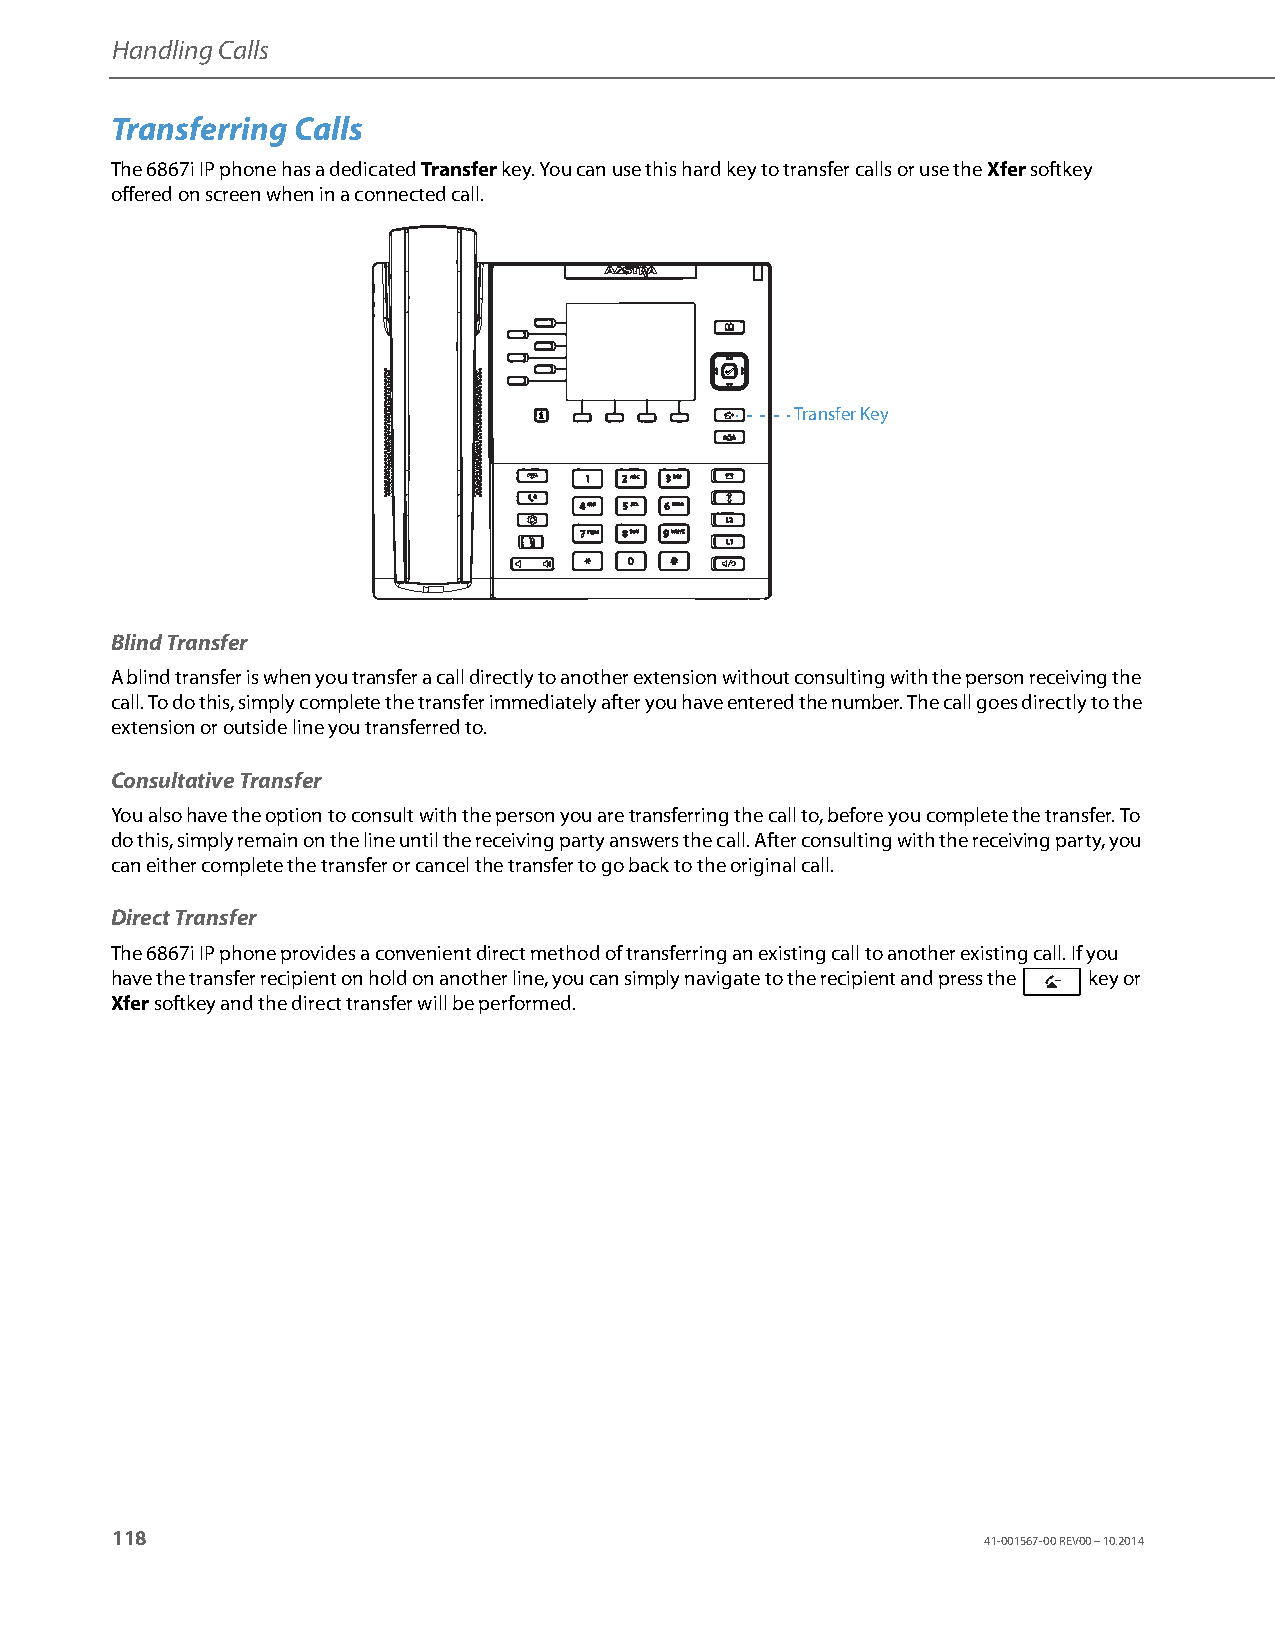
Handling Calls
 Transferring Calls
 The 6867i IP phone has a dedicated Transfer key. You can use this hard key to transfer calls or use the Xfer softkey
 offered on screen when in a connected call.
 Transfer Key
 Blind Transfer
 A blind transfer is when you transfer a call directly to another extension without consulting with the person receiving the
 call. To do this, simply complete the transfer immediately after you have entered the number. The call goes directly to the
 extension or outside line you transferred to.
 Consultative Transfer
 You also have the option to consult with the person you are transferring the call to, before you complete the transfer. To
 do this, simply remain on the line until the receiving party answers the call. After consulting with the receiving party, you
 can either complete the transfer or cancel the transfer to go back to the original call.
 Direct Transfer
 The 6867i IP phone provides a convenient direct method of transferring an existing call to another existing call. If you
 have the transfer recipient on hold on another line, you can simply navigate to the recipient and press the key or
 Xfer softkey and the direct transfer will be performed.
 118
 41-001567-00 REV00 – 10.2014